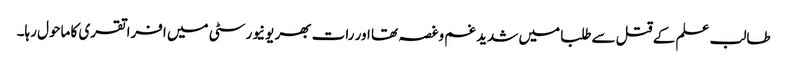
طالب علم کے قتل سےطلبا میں شدید غم وغصہ تھا اور رات بھر یونیورسٹی میں افراتقری کا ماحول رہا۔